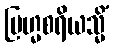
ဗြဟ္မစရိယသ္မိံ